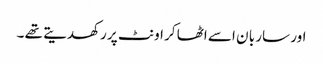
اور سار با ن اسے اٹھا کر اونٹ پر رکھدیتے تھے ۔